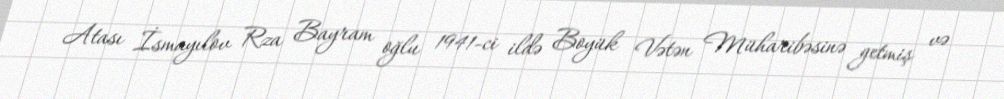
Atası İsmayılov Rza Bayram oğlu 1941-ci ildə Boyük Vətən Müharibəsinə getmiş və